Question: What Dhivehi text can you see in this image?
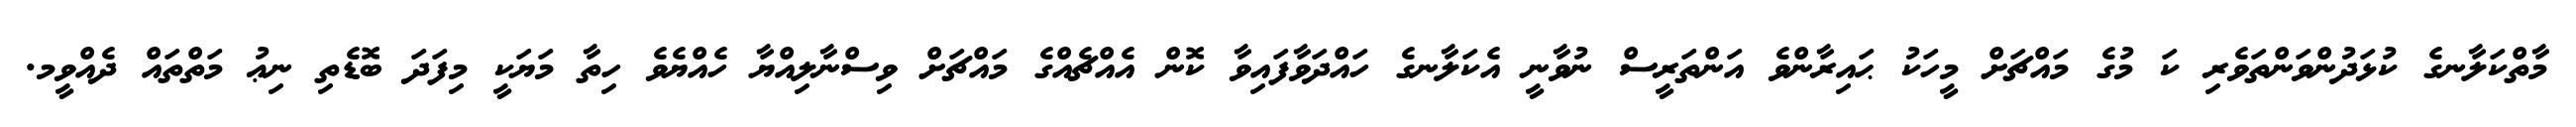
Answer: މާތްކަލާނގެ ކުޅަދުންވަންތަވެރި ކަ މުގެ މައްޗަށް މީހަކު ޙައިރާންވެ އަންތަރީސް ނުވާނީ އެކަލާނގެ ހައްދަވާފައިވާ ކޮން އެއްޗެއްގެ މައްޗަށް ވިސްނާލިއްޔާ ހެއްޔެވެ ހިތާ މަޔަކީ މިފަދަ ބޮޑެތި ނިޢު މަތްތައް ދެއްވީމ.